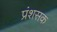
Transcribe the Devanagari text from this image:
प्रंशसक